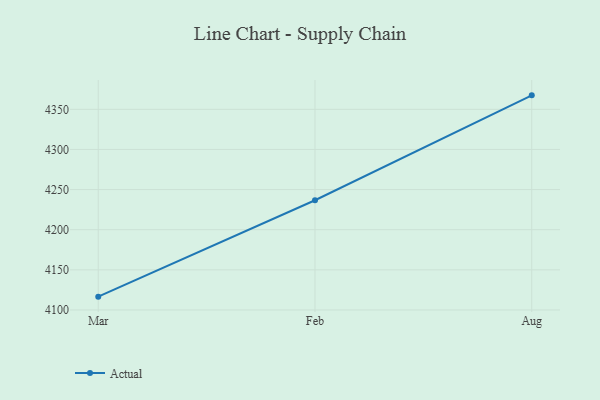
{"axis": {"x": "Month", "y": "Gross Profit (USD K)"}, "legend": ["Actual"], "data": [{"x": "Mar", "y": 4116.6, "type": "Actual"}, {"x": "Feb", "y": 4236.7, "type": "Actual"}, {"x": "Aug", "y": 4367.4, "type": "Actual"}]}